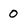
Character: 0